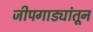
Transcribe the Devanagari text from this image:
जीपगाड्यांतून